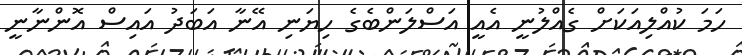
ހަމަ ކުއްލިއަކަށް ގެއްލުނީ އެއީ އަސްލަންބެގެ ހިޔަނި އޭނާ އަބަދު އައިސް އޮންނާނީ